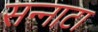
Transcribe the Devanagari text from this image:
सन्‍नाटा